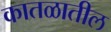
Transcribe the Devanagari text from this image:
कातळातील